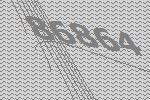
86864